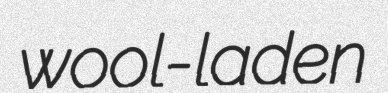
wool-laden